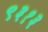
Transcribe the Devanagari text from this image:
९३१३